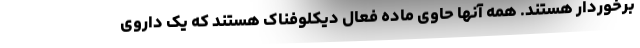
برخوردار هستند. همه آنها حاوی ماده فعال دیکلوفناک هستند که یک داروی